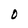
Character: O